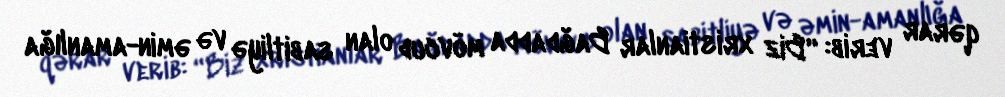
qərar verib: “Biz xristianlar Bağdadda mövcud olan sabitliyə və əmin-amanlığa